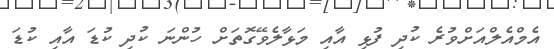
އެމްއެލްއަށްވުރެ ކުދި ފުޅި އާއި މަޅާލެވޭގޮތަށް ހުންނަ ކުދި ކުޑަ އާއި ކުޑަ